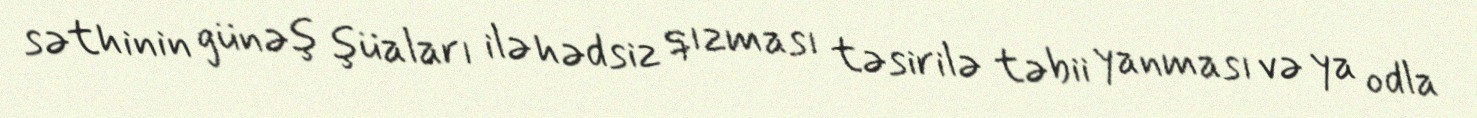
səthinin günəş şüaları ilə hədsiz qızması təsirilə təbii yanması və ya odla